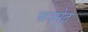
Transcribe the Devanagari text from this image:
फरमेंट